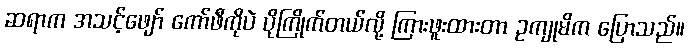
ဆရာက အသင့်ဖျော် ကော်ဖီကိုပဲ ပိုကြိုက်တယ်လို့ ကြားဖူးထားတာ ဥကျုမိက ပြောသည်။